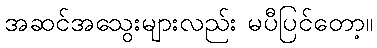
အဆင်အသွေးများလည်း မပီပြင်တော့။